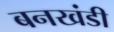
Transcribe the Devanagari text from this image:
बनखंडी